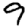
Digit: 9